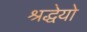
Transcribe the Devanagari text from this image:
श्रद्धेयो